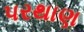
પરથાણ